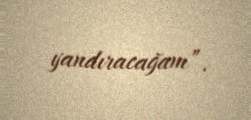
yandıracağam”.